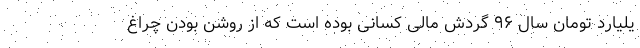
یلیارد تومان سال ۹۶ گردش مالی کسانی بوده است که از روشن بودن چراغ